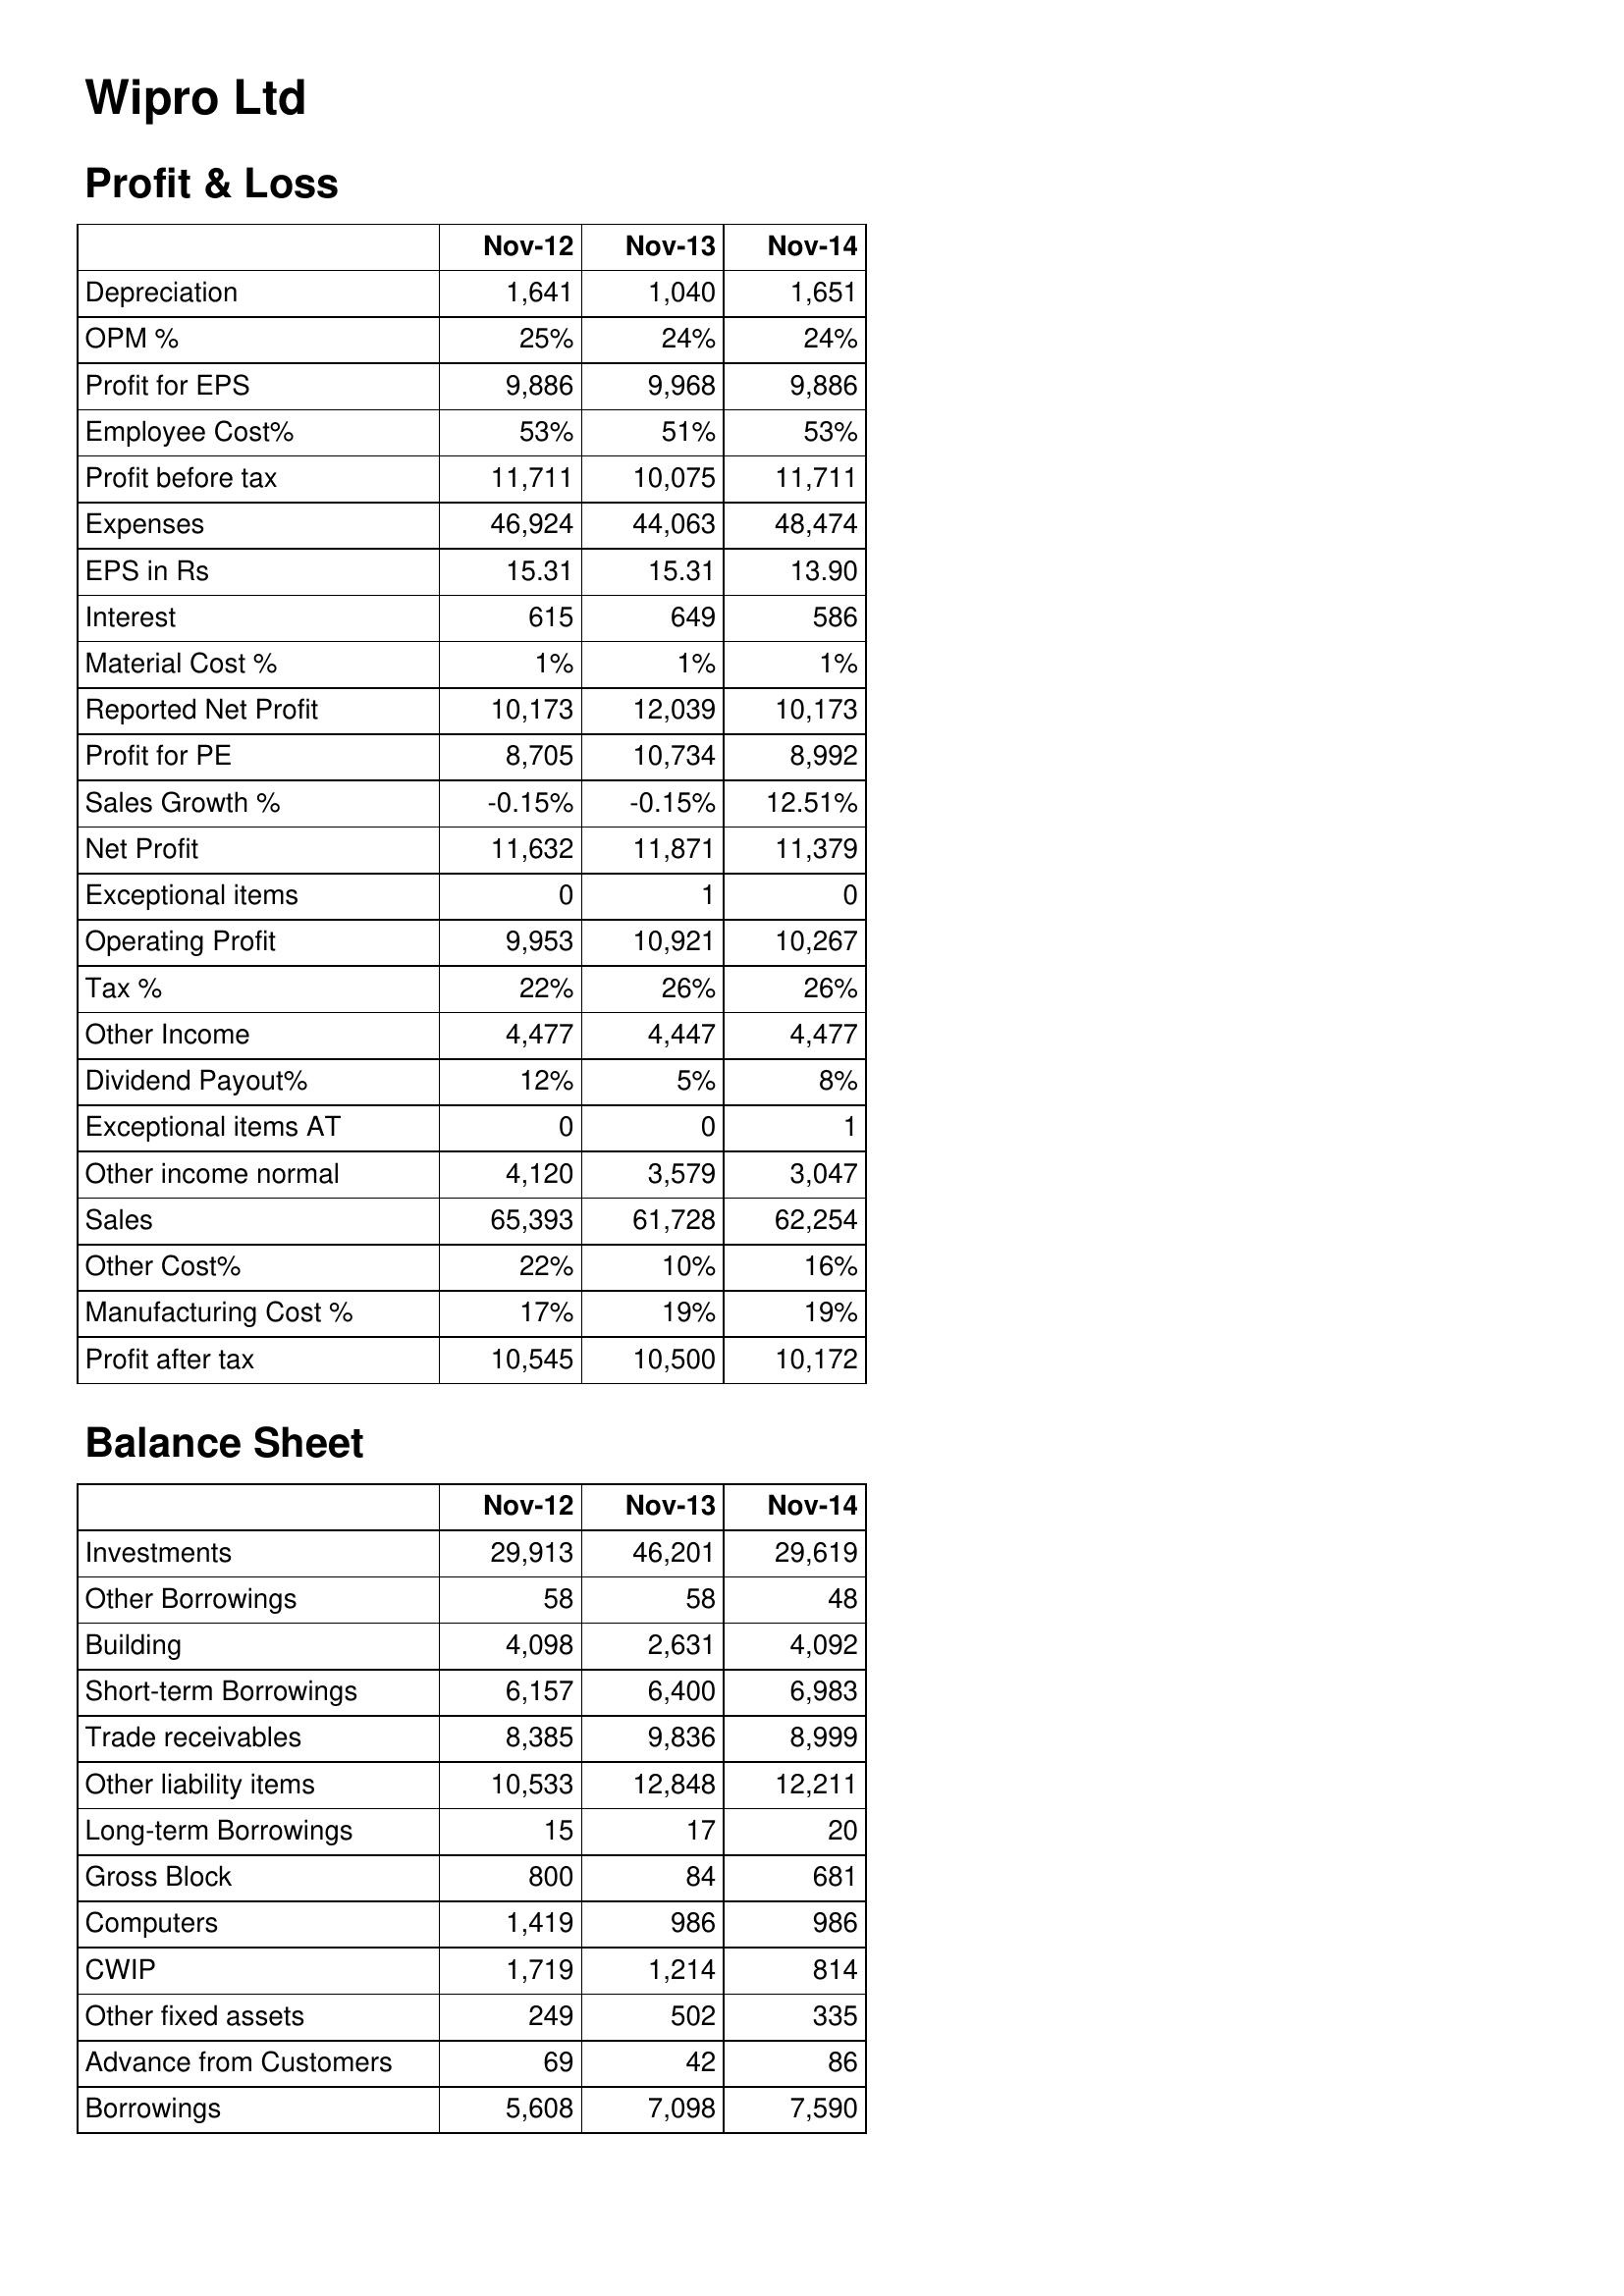
Nov-12: Profit & Loss: Depreciation: 1,641
OPM %: 25%
Profit for EPS: 9,886
Employee Cost%: 53%
Profit before tax: 11,711
Expenses: 46,924
EPS in Rs: 15.31
Interest: 615
Material Cost %: 1%
Reported Net Profit: 10,173
Profit for PE: 8,705
Sales Growth %: -0.15%
Net Profit: 11,632
Exceptional items: 0
Operating Profit: 9,953
Tax %: 22%
Other Income: 4,477
Dividend Payout%: 12%
Exceptional items AT: 0
Other income normal: 4,120
Sales: 65,393
Other Cost%: 22%
Manufacturing Cost %: 17%
Profit after tax: 10,545
Balance Sheet: Investments: 29,913
Other Borrowings: 58
Building: 4,098
Short-term Borrowings: 6,157
Trade receivables: 8,385
Other liability items: 10,533
Long-term Borrowings: 15
Gross Block: 800
Computers: 1,419
CWIP: 1,719
Other fixed assets: 249
Advance from Customers: 69
Borrowings: 5,608
Nov-13: Profit & Loss: Depreciation: 1,040
OPM %: 24%
Profit for EPS: 9,968
Employee Cost%: 51%
Profit before tax: 10,075
Expenses: 44,063
EPS in Rs: 15.31
Interest: 649
Material Cost %: 1%
Reported Net Profit: 12,039
Profit for PE: 10,734
Sales Growth %: -0.15%
Net Profit: 11,871
Exceptional items: 1
Operating Profit: 10,921
Tax %: 26%
Other Income: 4,447
Dividend Payout%: 5%
Exceptional items AT: 0
Other income normal: 3,579
Sales: 61,728
Other Cost%: 10%
Manufacturing Cost %: 19%
Profit after tax: 10,500
Balance Sheet: Investments: 46,201
Other Borrowings: 58
Building: 2,631
Short-term Borrowings: 6,400
Trade receivables: 9,836
Other liability items: 12,848
Long-term Borrowings: 17
Gross Block: 84
Computers: 986
CWIP: 1,214
Other fixed assets: 502
Advance from Customers: 42
Borrowings: 7,098
Nov-14: Profit & Loss: Depreciation: 1,651
OPM %: 24%
Profit for EPS: 9,886
Employee Cost%: 53%
Profit before tax: 11,711
Expenses: 48,474
EPS in Rs: 13.90
Interest: 586
Material Cost %: 1%
Reported Net Profit: 10,173
Profit for PE: 8,992
Sales Growth %: 12.51%
Net Profit: 11,379
Exceptional items: 0
Operating Profit: 10,267
Tax %: 26%
Other Income: 4,477
Dividend Payout%: 8%
Exceptional items AT: 1
Other income normal: 3,047
Sales: 62,254
Other Cost%: 16%
Manufacturing Cost %: 19%
Profit after tax: 10,172
Balance Sheet: Investments: 29,619
Other Borrowings: 48
Building: 4,092
Short-term Borrowings: 6,983
Trade receivables: 8,999
Other liability items: 12,211
Long-term Borrowings: 20
Gross Block: 681
Computers: 986
CWIP: 814
Other fixed assets: 335
Advance from Customers: 86
Borrowings: 7,590